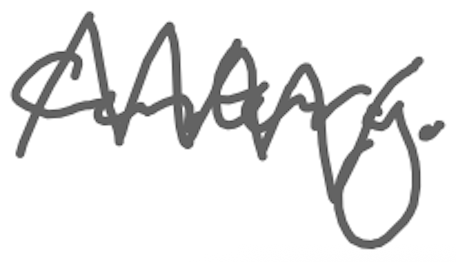
Text: century.
Cross-out: zig-zag
Writing tool: digital_gray